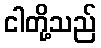
ငါတို့သည်